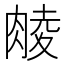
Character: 𮌜